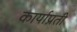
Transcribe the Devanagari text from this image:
कार्याप्रती